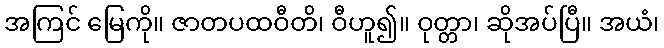
အကြင် မြေကို။ ဇာတပထဝီတိ၊ ဝီဟူ၍။ ဝုတ္တာ၊ ဆိုအပ်ပြီ။ အယံ၊